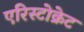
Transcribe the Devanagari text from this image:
एरिस्टोक्रेट